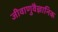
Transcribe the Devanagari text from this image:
जीवाणुवैज्ञानिक